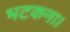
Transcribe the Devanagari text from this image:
भटकना।